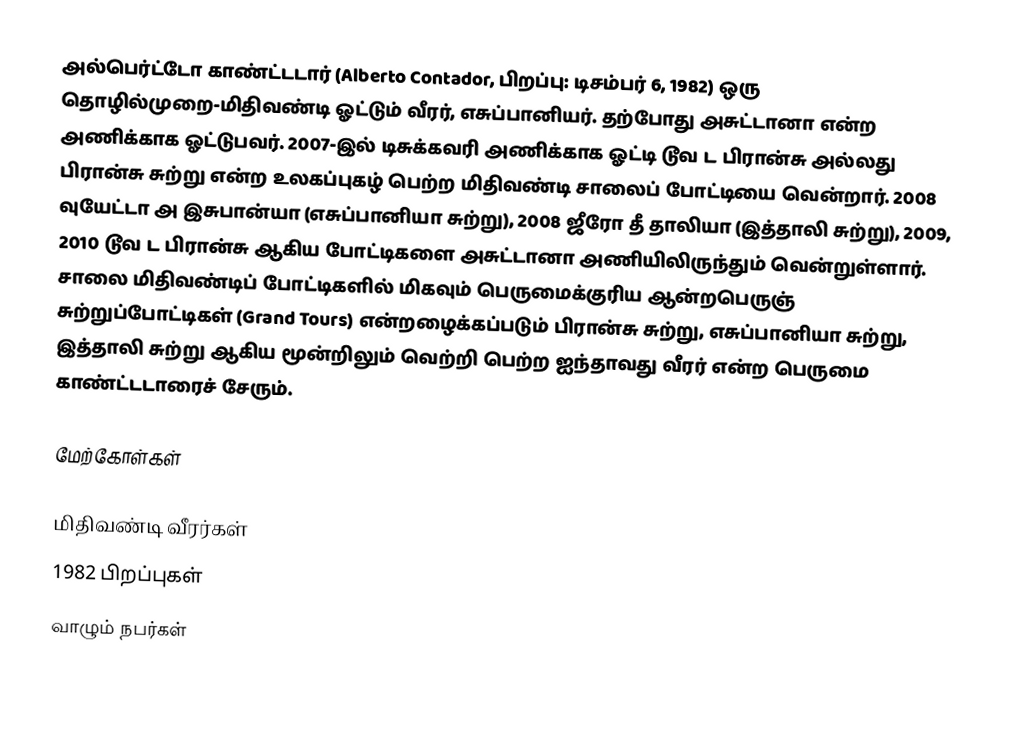
அல்பெர்ட்டோ காண்ட்டடார் (Alberto Contador, பிறப்பு: டிசம்பர் 6, 1982) ஒரு தொழில்முறை-மிதிவண்டி ஓட்டும் வீரர், எசுப்பானியர். தற்போது அசுட்டானா என்ற அணிக்காக ஓட்டுபவர். 2007-இல் டிசுக்கவரி அணிக்காக ஓட்டி டூவ ட பிரான்சு அல்லது பிரான்சு சுற்று என்ற உலகப்புகழ் பெற்ற மிதிவண்டி சாலைப் போட்டியை வென்றார். 2008 வுயேட்டா அ இசுபான்யா (எசுப்பானியா சுற்று), 2008 ஜீரோ தீ தாலியா (இத்தாலி சுற்று), 2009, 2010 டூவ ட பிரான்சு ஆகிய போட்டிகளை அசுட்டானா அணியிலிருந்தும் வென்றுள்ளார். சாலை மிதிவண்டிப் போட்டிகளில் மிகவும் பெருமைக்குரிய ஆன்றபெருஞ் சுற்றுப்போட்டிகள் (Grand Tours) என்றழைக்கப்படும் பிரான்சு சுற்று, எசுப்பானியா சுற்று, இத்தாலி சுற்று ஆகிய மூன்றிலும் வெற்றி பெற்ற ஐந்தாவது வீரர் என்ற பெருமை காண்ட்டடாரைச் சேரும்.

மேற்கோள்கள்

மிதிவண்டி வீரர்கள்
1982 பிறப்புகள்
வாழும் நபர்கள்